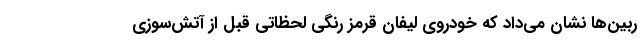
ربین‌ها نشان می‌داد که خودروی لیفان قرمز رنگی لحظاتی قبل از آتش‌سوزی